Source: Handwritten
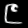
Digit: ၉ (9)